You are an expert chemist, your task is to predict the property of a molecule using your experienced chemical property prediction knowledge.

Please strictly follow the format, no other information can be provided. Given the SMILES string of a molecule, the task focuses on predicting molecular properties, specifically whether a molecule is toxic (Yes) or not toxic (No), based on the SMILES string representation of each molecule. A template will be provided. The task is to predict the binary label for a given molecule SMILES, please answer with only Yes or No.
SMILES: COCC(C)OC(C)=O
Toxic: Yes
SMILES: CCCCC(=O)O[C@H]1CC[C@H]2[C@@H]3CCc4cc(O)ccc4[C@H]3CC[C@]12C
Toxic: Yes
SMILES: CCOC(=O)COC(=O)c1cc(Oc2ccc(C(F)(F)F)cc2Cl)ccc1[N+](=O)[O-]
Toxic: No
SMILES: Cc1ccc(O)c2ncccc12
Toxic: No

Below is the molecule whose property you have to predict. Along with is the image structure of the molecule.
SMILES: Cn1cc(C2=C(c3cn(C4CCN(Cc5ccccn5)CC4)c4ccccc34)C(=O)NC2=O)c2ccccc21
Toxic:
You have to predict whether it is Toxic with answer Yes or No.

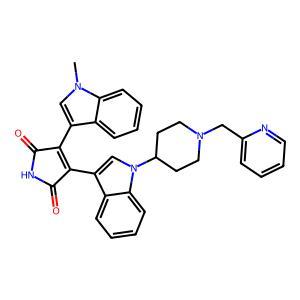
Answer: No